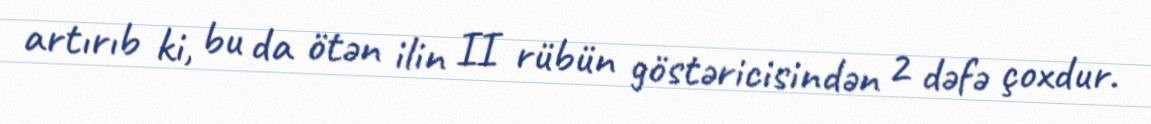
artırıb ki, bu da ötən ilin II rübün göstəricisindən 2 dəfə çoxdur.